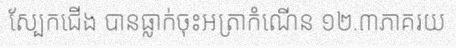
ស្បែកជើង បានធ្លាក់ចុះអត្រាកំណើន ១២.៣ភាគរយ